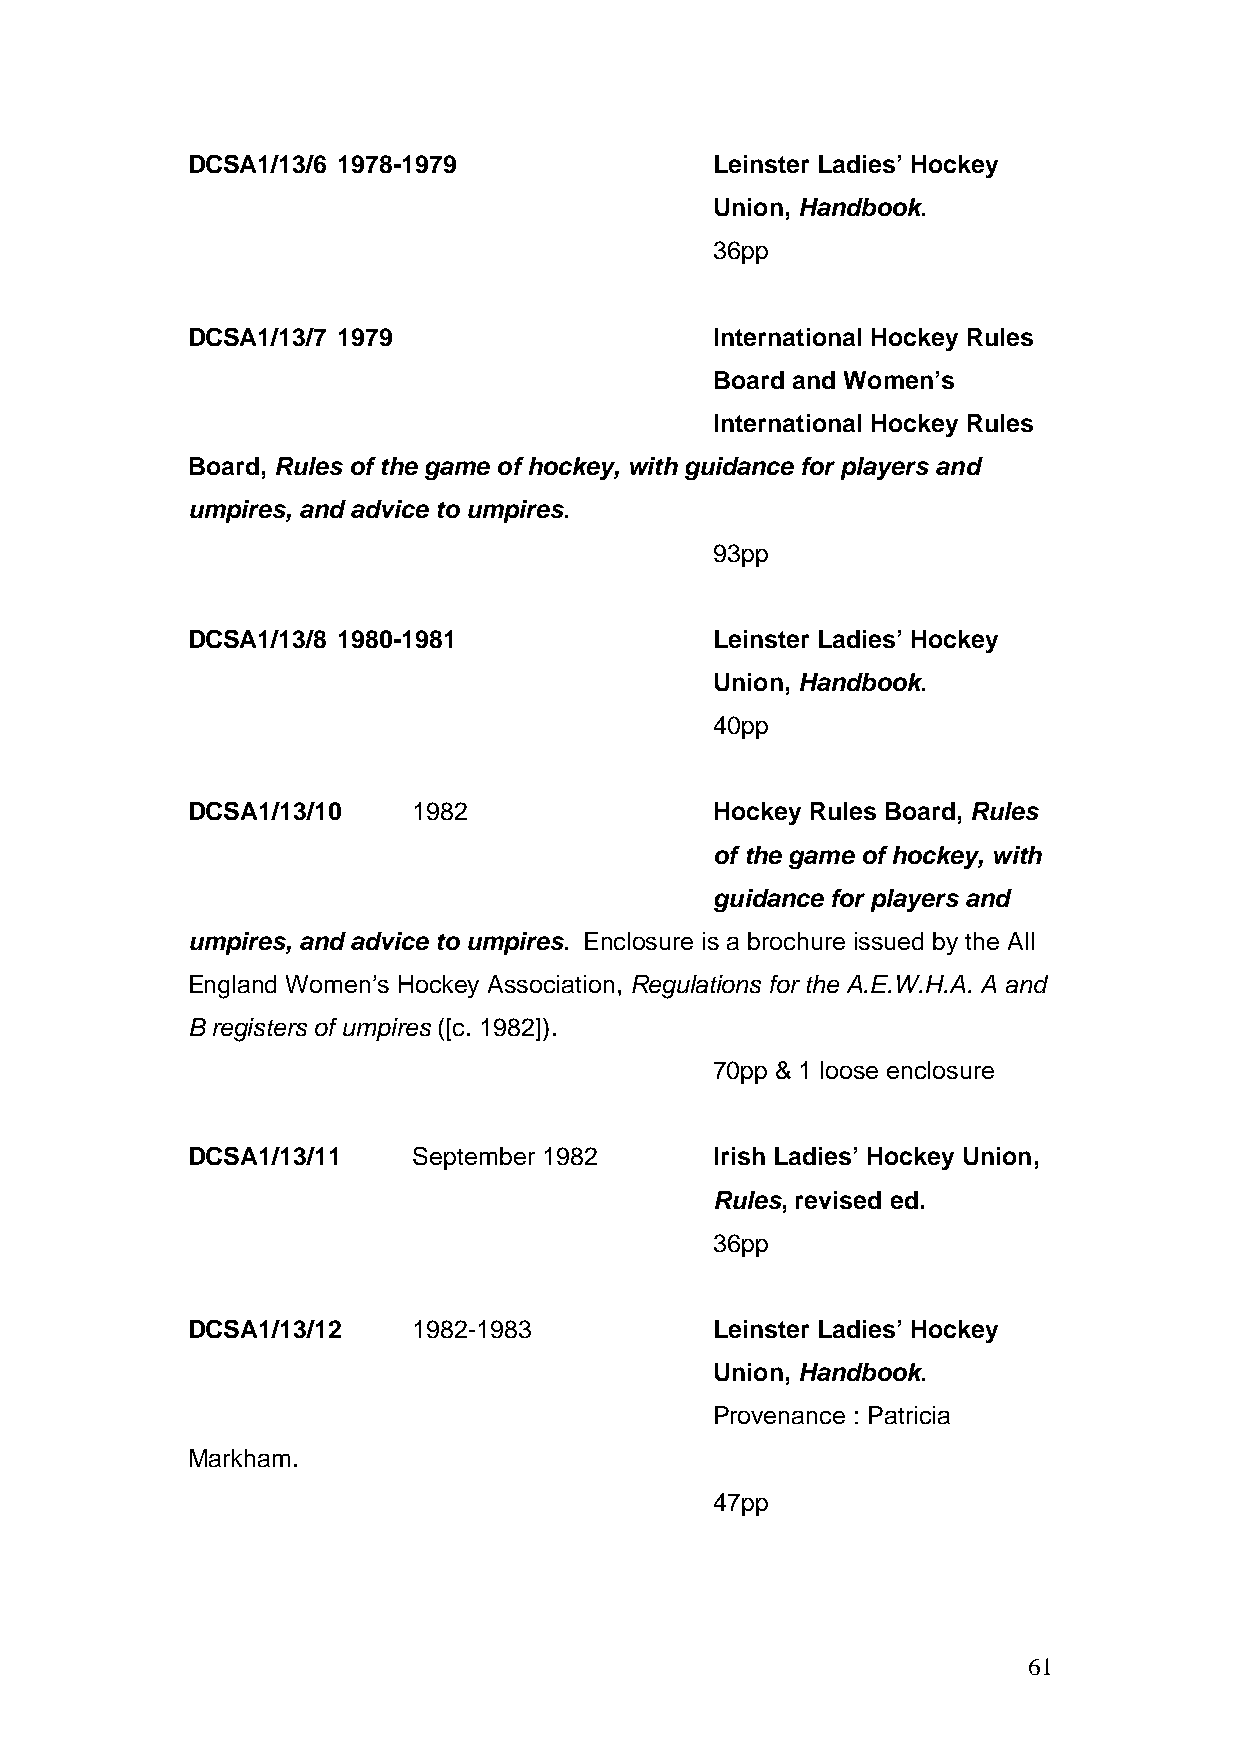
DCSA1/13/6 1978-1979               Leinster Ladies’ Hockey
 Union, Handbook.
 36pp
 DCSA1/13/7 1979                    International Hockey Rules
 Board and Women’s
 International Hockey Rules
 Board, Rules of the game of hockey, with guidance for players and
 umpires, and advice to umpires.
 93pp
 DCSA1/13/8 1980-1981               Leinster Ladies’ Hockey
 Union, Handbook.
 40pp
 DCSA1/13/10    1982                Hockey Rules Board, Rules
 of the game of hockey, with
 guidance for players and
 umpires, and advice to umpires. Enclosure is a brochure issued by the All
 England Women’s Hockey Association, Regulations for the A.E.W.H.A. A and
 B registers of umpires ([c. 1982]).
 70pp & 1 loose enclosure
 DCSA1/13/11    September 1982      Irish Ladies’ Hockey Union,
 Rules, revised ed.
 36pp
 DCSA1/13/12    1982-1983           Leinster Ladies’ Hockey
 Union, Handbook.
 Provenance : Patricia
 Markham.
 47pp
 61